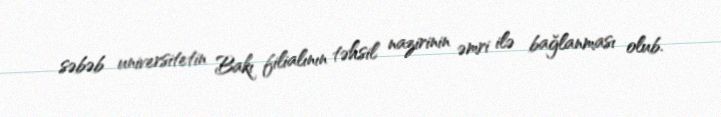
səbəb universitetin Bakı filialının təhsil nazirinin əmri ilə bağlanması olub.